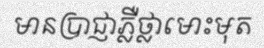
មានប្រាជ្ញាភ្លឺថ្លាមោះមុត